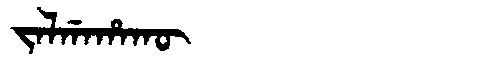
Manchu: ᠵᠠᠯᡤᠠᡥᠠᡴᡡ
Romanization: JALGAHAKŪ